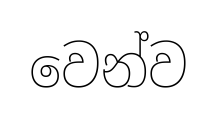
වෙන්ව